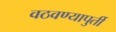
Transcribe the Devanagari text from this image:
वठवण्यापुर्ती